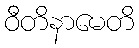
ဝီတိနာမေတိ